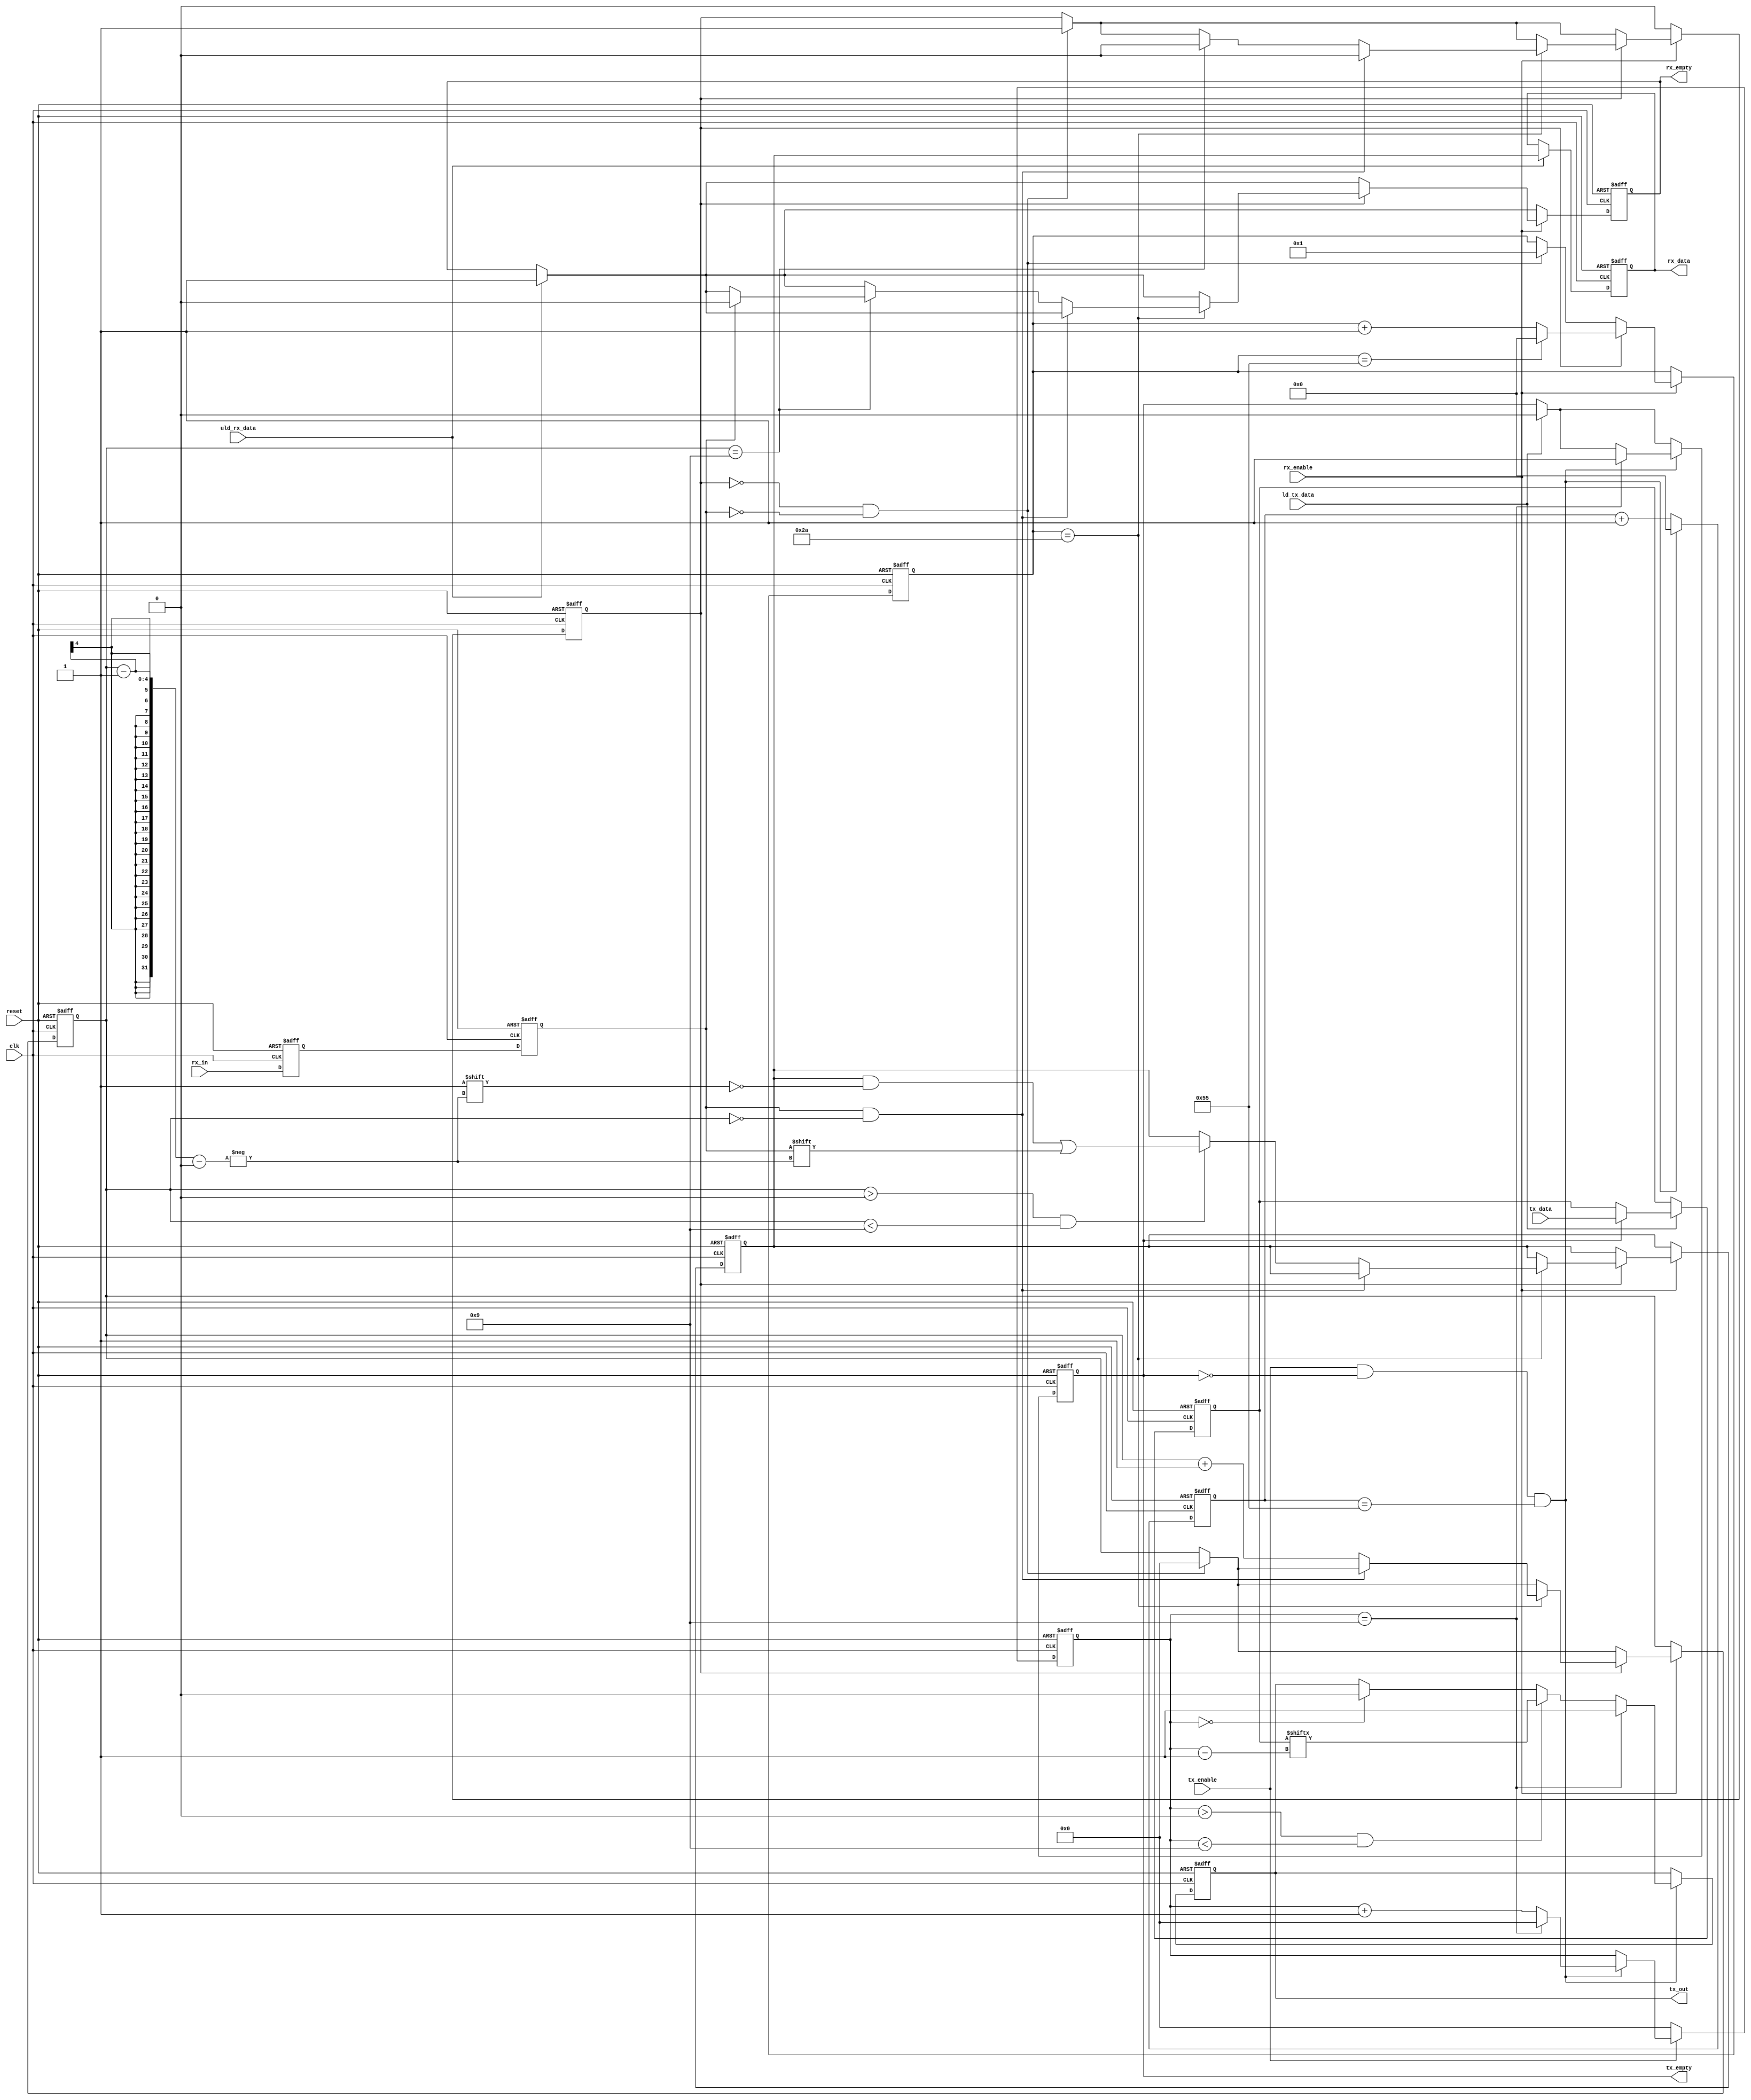
`timescale 1ns / 1ps
//////////////////////////////////////////////////////////////////////////////////
// Company: 
// Engineer: 
// 
// Design Name: 
// Module Name:    uart 
// Project Name: 
// Target Devices: 
// Tool versions: 
// Description: 
//
// Dependencies: 
//
// Revision: 
// Revision 0.01 - File Created
// Additional Comments: 
//
//////////////////////////////////////////////////////////////////////////////////
module uart (
		reset          ,
		ld_tx_data     ,
		tx_data        ,
		tx_enable      ,
		tx_out         ,
		tx_empty       ,
		clk          ,
		uld_rx_data    , //move new internal data to show up on rx_data
		rx_data        , //internal data
		rx_enable      , //just set to 1
		rx_in          , //external rx
		rx_empty
);

                         // CLK/baud - 1
parameter CLK_DIVISION = 85; //for 115200 baud with 100Mhz clk: 10000000/115200-1
//parameter CLK_DIVISION = 346; //for 115200 baud with 40Mhz clk: 40000000/115200-1
//parameter CLK_DIVISION = 216; //for 115200 baud with 25Mhz clk: 25000000/115200-1
//parameter CLK_DIVISION = 217; //for 115200 baud with 100Mhz clk: 100000000/115200-1
reg [9:0] rx_sample_cnt  ;     //make this big enough to hold CLK_DIVISION
reg [9:0] tx_div_cnt  ;     //make this big enough to hold CLK_DIVISION



// Port declarations
input        reset          ;
input        clk          ;
input        ld_tx_data     ;
input  [7:0] tx_data        ;
input        tx_enable      ;
output       tx_out         ;
output       tx_empty       ;
input        uld_rx_data    ;
output [7:0] rx_data        ;
input        rx_enable      ;
input        rx_in          ;
output       rx_empty       ;

// Internal Variables 
reg [7:0]    tx_reg         ;
reg          tx_empty       ;
reg          tx_over_run    ;
reg [3:0]    tx_cnt         ;
reg          tx_out         ;
reg [7:0]    rx_reg         ;
reg [7:0]    rx_data        ;

//reg [9:0]    rx_sample_cnt  ;     //make this big enough to hold CLK_DIVISION


reg [3:0]    rx_cnt         ;  
reg          rx_frame_err   ;
reg          rx_over_run    ;
reg          rx_empty       ;
reg          rx_d1          ;
reg          rx_d2          ;
reg          rx_busy        ;


// UART RX Logic
always @ (posedge clk or posedge reset)
if (reset) begin
  rx_reg        <= 0; 
  rx_data       <= 0;
  rx_sample_cnt <= 0;
  rx_cnt        <= 0;
  rx_frame_err  <= 0;
  rx_over_run   <= 0;
  rx_empty      <= 1;
  rx_d1         <= 1;
  rx_d2         <= 1;
  rx_busy       <= 0;
end else begin
  // Synchronize the asynch signal
  rx_d1 <= rx_in;
  rx_d2 <= rx_d1;
  // Uload the rx data
  if (uld_rx_data) begin
    rx_data  <= rx_reg;
    rx_empty <= 1;
  end
  // Receive data only when rx is enabled
  if (rx_enable) begin
    // Check if just received start of frame
    if (!rx_busy && !rx_d2) begin
      rx_busy       <= 1;
      rx_sample_cnt <= 1;
      rx_cnt        <= 0;
    end
    // Start of frame detected, Proceed with rest of data
    if (rx_busy) begin
       if (rx_sample_cnt == CLK_DIVISION) begin 
		   rx_sample_cnt <= 0;
	    end else begin
		   rx_sample_cnt <= rx_sample_cnt + 1;
		 end
       // Logic to sample at middle of data
       if (rx_sample_cnt == CLK_DIVISION/2) begin
          if ((rx_d2 == 1) && (rx_cnt == 0)) begin
            rx_busy <= 0;
          end else begin
            rx_cnt <= rx_cnt + 1; 
            // Start storing the rx data
            if (rx_cnt > 0 && rx_cnt < 9) begin
              rx_reg[rx_cnt - 1] <= rx_d2;
            end
            if (rx_cnt == 9) begin
               rx_busy <= 0;
               // Check if End of frame received correctly
               if (rx_d2 == 0) begin
                 rx_frame_err <= 1;
               end else begin
                 rx_empty     <= 0;
                 rx_frame_err <= 0;
                 // Check if last rx data was not unloaded,
                 rx_over_run  <= (rx_empty) ? 0 : 1;
               end
            end
          end
       end 
    end 
  end
  if (!rx_enable) begin
    rx_busy <= 0;
  end
end

// UART TX Logic
always @ (posedge clk or posedge reset)
if (reset) begin
  tx_reg        <= 0;
  tx_empty      <= 1;
  tx_over_run   <= 0;
  tx_out        <= 1;
  tx_cnt        <= 0;
  tx_div_cnt    <= 0;
end else begin

   if (ld_tx_data) begin
      if (!tx_empty) begin
        tx_over_run <= 0;
      end else begin
        tx_reg   <= tx_data;
        tx_empty <= 0;
		  tx_div_cnt <= 0;
      end
   end
	
	tx_div_cnt <= tx_div_cnt + 1;

   if (tx_enable && !tx_empty &&  tx_div_cnt == CLK_DIVISION) begin
	  tx_div_cnt<=0;
     tx_cnt <= tx_cnt + 1;
     if (tx_cnt == 0) begin
       tx_out <= 0;
		 tx_div_cnt <= 0;
     end
     if (tx_cnt > 0 && tx_cnt < 9) begin
        tx_out <= tx_reg[tx_cnt -1];
     end
     if (tx_cnt == 9) begin
       tx_out <= 1;
       tx_cnt <= 0;
       tx_empty <= 1;
     end
   end
   if (!tx_enable) begin
     tx_cnt <= 0;
   end
end



endmodule